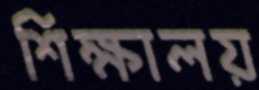
শিক্ষালয়